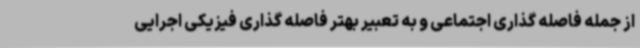
از جمله فاصله گذاری اجتماعی و به تعبیر بهتر فاصله گذاری فیزیکی اجرایی